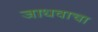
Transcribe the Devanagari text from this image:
जाधवाचा